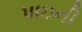
પાઇની